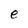
Character: e